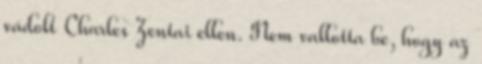
vádolt Charles Zentai ellen. Nem vallotta be, hogy az